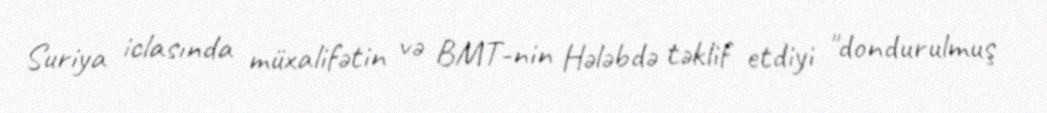
Suriya iclasında müxalifətin və BMT-nin Hələbdə təklif etdiyi "dondurulmuş